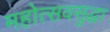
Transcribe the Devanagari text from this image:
महोत्सवसुद्धा